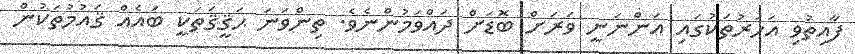
ފާއިތުވި އަހަރުތަކުގައި އަންނަނީ ވަރަށް ބޮޑަށް ދައްވަމުންނެވެ. ތިންވަނަ ޙަޤީޤަތަކީ ބައެއް ޤައުމުތަކުން